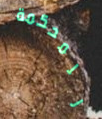
للمحكمة